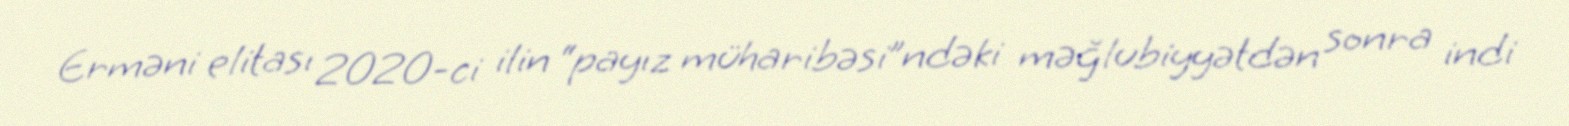
Erməni elitası 2020-ci ilin “payız müharibəsi”ndəki məğlubiyyətdən sonra indi